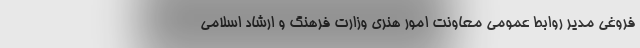
فروغی مدیر روابط عمومی معاونت امور هنری وزارت فرهنگ و ارشاد اسلامی